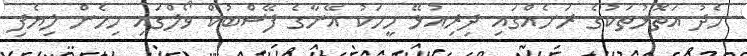
މެދު އަތޮޅުތަކުގެ ރަށެއްގައި ދިރިއުޅޭ މީހަކު އޭނާގެ ފޭސްބުކް ވޯލްގައި މިހެން ލިޔެފި